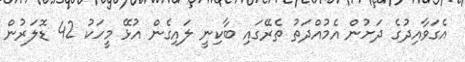
އެގަވާއިދުގެ ދަށުން އެމުއްދަތު ތެރޭގައި ބާކިނީ ލައިގެން އުޅޭ މީހަކު 42 ޑޮލަރުން